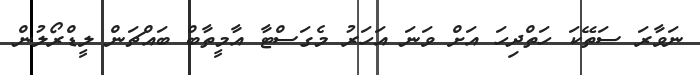
ނަވާރަ ސަތޭކަ ހަތްދިހަ އަށް ވަނަ އަހަރު މެގަސްޓާ އާމީތާބް ބައްޗަން ލީޑްރޯލުން